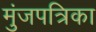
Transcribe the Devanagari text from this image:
मुंजपत्रिका